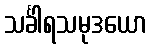
သင်္ခါရသမုဒယော